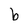
Character: b